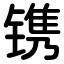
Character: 镌